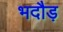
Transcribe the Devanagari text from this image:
भदौड़